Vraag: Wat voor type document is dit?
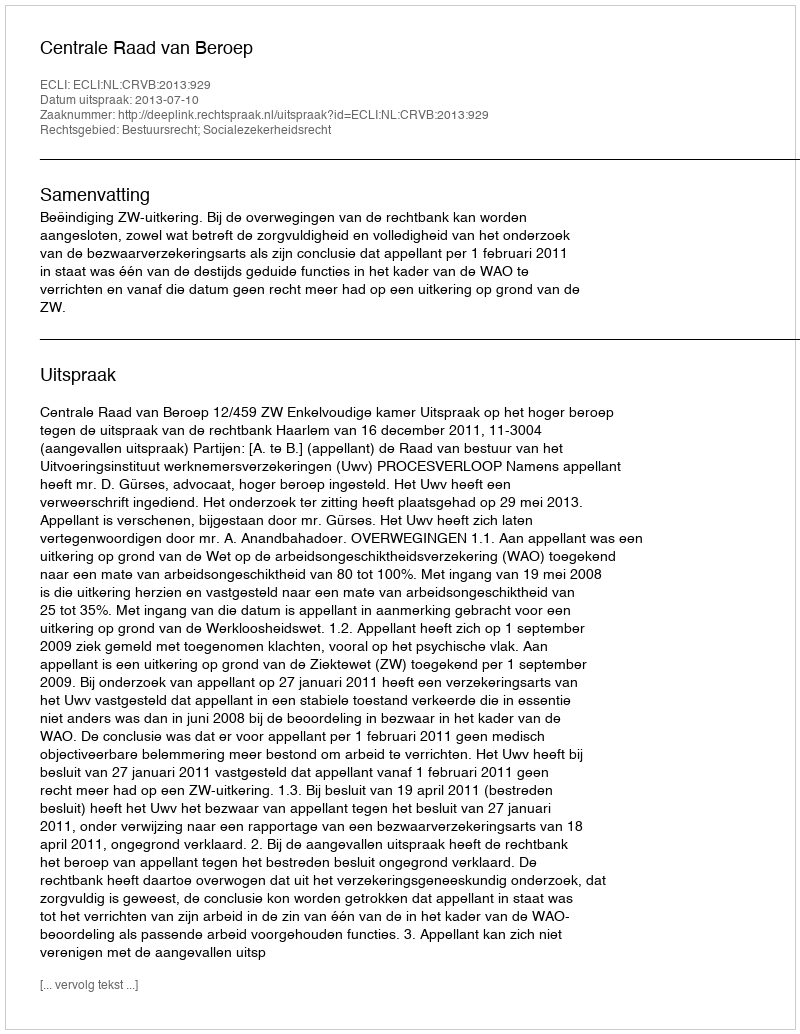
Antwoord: Uitspraak